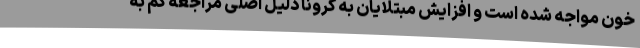
خون مواجه شده است و افزایش مبتلایان به کرونا دلیل اصلی مراجعه کم به